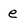
Character: e